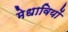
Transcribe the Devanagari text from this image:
मेधावियों